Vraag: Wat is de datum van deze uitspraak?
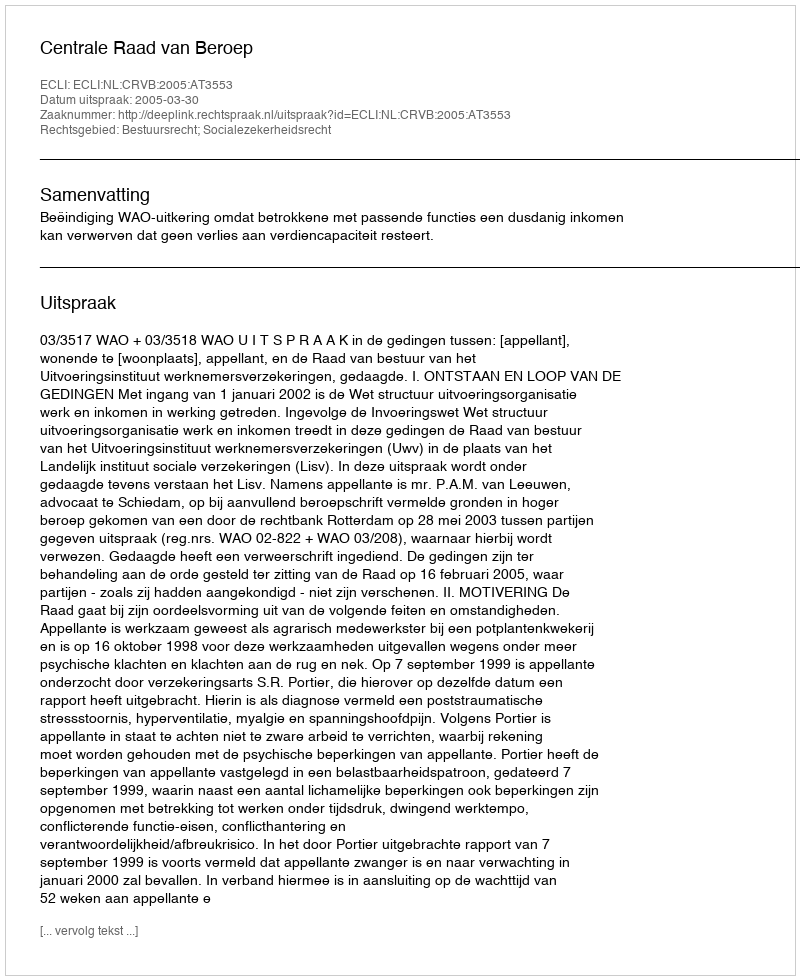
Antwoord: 2005-03-30